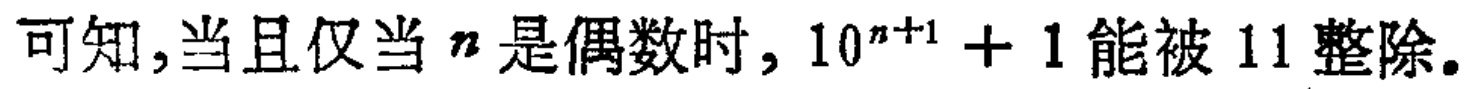
可知，当且仅当 \(n\) 是偶数时，\(10^{n + 1}+1\) 能被 \(11\) 整除。